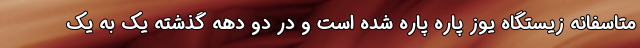
متاسفانه زیستگاه یوز پاره پاره شده است و در دو دهه گذشته یک به یک